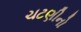
ચટણીનો